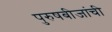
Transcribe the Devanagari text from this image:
पुरुषबीजांची